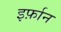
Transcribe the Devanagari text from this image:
इर्फ़ान